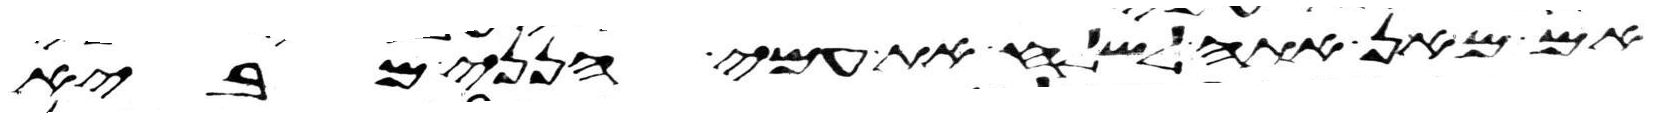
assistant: אם מאן אתה לשלח את עמי הנני מביא